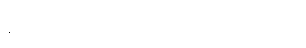
နဲ့ပတ်သက်တဲ့ပြတိုက်ရှိ ပါသေးတယ်။